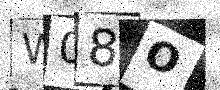
Text: W08O